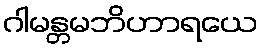
ဂါမန္တမဘိဟာရယေ